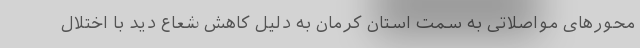
محورهای مواصلاتی به سمت استان کرمان به دلیل کاهش شعاع دید با اختلال